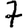
Digit: 7